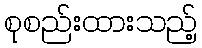
စုစည်းထားသည့်